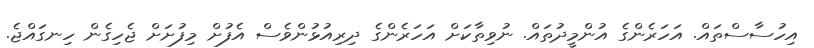
އިހުސާސްތައް. އަހަރެންގެ އުންމީދުތައް. ނުވިތާކަށް އަހަރެންގެ ދިރިއުޅުންވެސް އެފުށް މިފުށަށް ޖެހިގެން ހިނގައްޖެ.